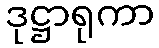
ဒုဋ္ဌာရုကာ